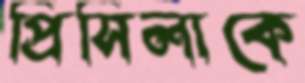
প্রিসিলাকে